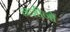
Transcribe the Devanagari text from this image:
नशीनों